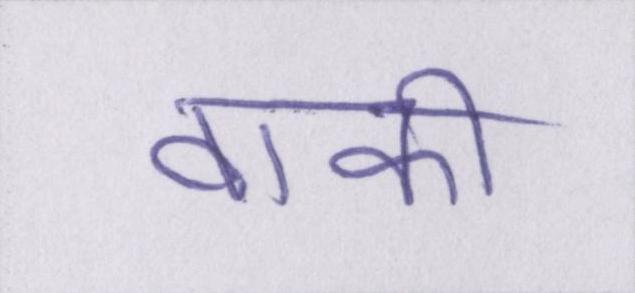
वाकी